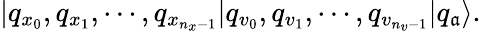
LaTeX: |q_{x_{0}},q_{x_{1}},\cdots,q_{x_{n_{x}-1}}|q_{v_{0}},q_{v_{1}},\cdots,q_{v_{n_{v}-1}}|q_{\mathfrak{a}}\rangle.